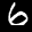
Label: 6